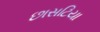
છાસટિયા